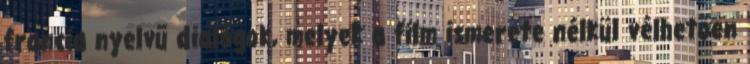
francia nyelvű dialógok, melyek a film ismerete nélkül vélhetően